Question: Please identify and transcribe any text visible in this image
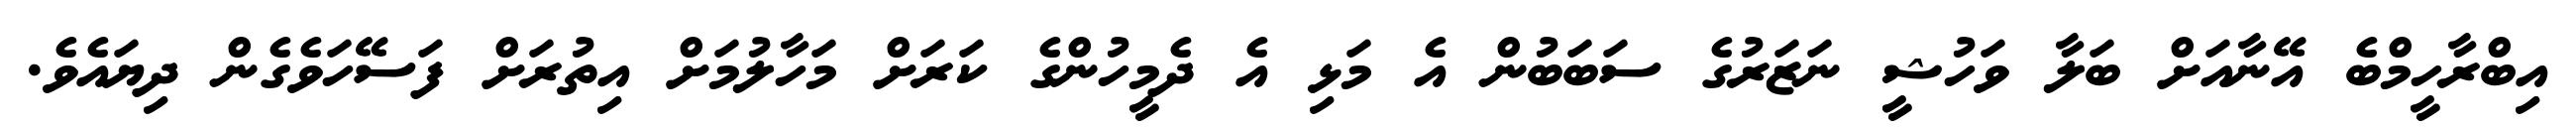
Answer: އިބްރާހީމްބެ އޭނާއަށް ބަލާ ވަހުޝީ ނަޒަރުގެ ސަބަބުން އެ މަޅި އެ ދެމީހުންގެ ކަރަށް މަހާލުމަށް އިތުރަށް ފަސޭހަވެގެން ދިޔައެވެ.